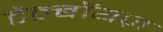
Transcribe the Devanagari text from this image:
टैल्बॉयज़